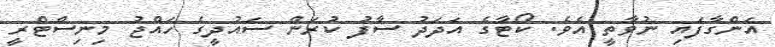
އަންގާފައި ނުވާތީ އެވެ. ކޯޓާގެ އަދަދު ސާފު ކުރަން ސައުދީގެ ހައްޖު މިނިސްޓްރީ